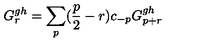
G _ { r } ^ { g h } = \sum _ { p } ( \frac { p } { 2 } - r ) c _ { - p } G _ { p + r } ^ { g h }